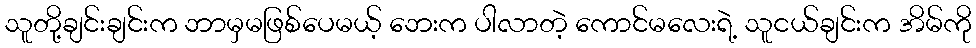
သူတို့ချင်းချင်းက ဘာမှမဖြစ်ပေမယ့် ဘေးက ပါလာတဲ့ ကောင်မလေးရဲ့ သူငယ်ချင်းက အိမ်ကို